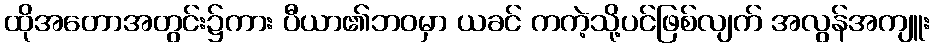
ထိုအတောအတွင်း၌ကား ပီယာ၏ဘဝမှာ ယခင် ကကဲ့သို့ပင်ဖြစ်လျက် အလွန်အကျူး